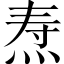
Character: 焘